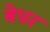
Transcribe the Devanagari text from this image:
बेधर